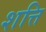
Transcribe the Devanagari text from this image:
शत्ति